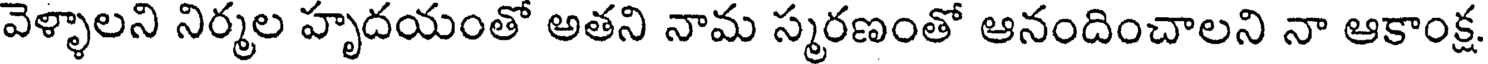
వెళ్ళాలని నిర్మల హృదయంతో అతని నామ స్మరణంతో ఆనందించాలని నా ఆకాంక్ష